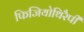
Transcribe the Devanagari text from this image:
फिजियोथिरैपी